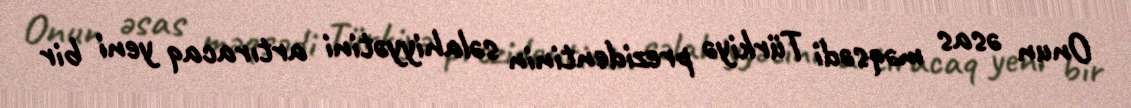
Onun əsas məqsədi Türkiyə prezidentinin səlahiyyətini artıracaq yeni bir